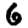
Digit: 6